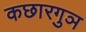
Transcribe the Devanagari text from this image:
कछारगुञ